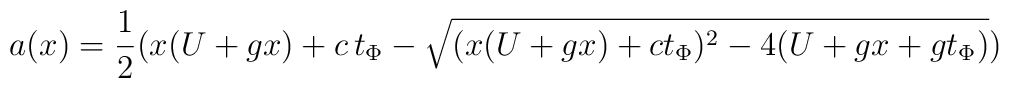
a(x)={1 \over 2} (x (U + gx)+c \, t_{\Phi} -\sqrt{(x (U+g x)+c t_{\Phi})^2-4 (U+g x+g t_{\Phi})})